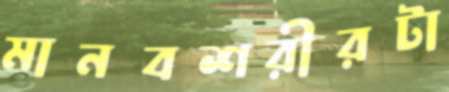
মানবশরীরটা